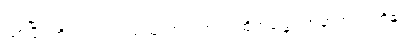
ဖြစ်ပြီ။ ကိရ၊ ကြားရသည်ကား။ တဒါ၊ ထိုအခါ၌။ အမှာကံ၊ ငါတို့၏။